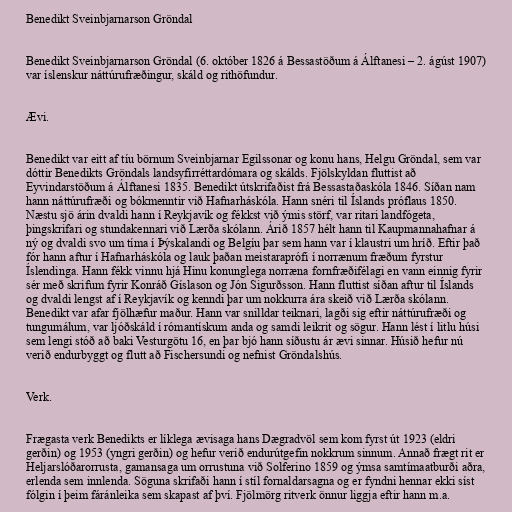
Benedikt Sveinbjarnarson Gröndal

Benedikt Sveinbjarnarson Gröndal (6. október 1826 á Bessastöðum á Álftanesi – 2. ágúst 1907)
var íslenskur náttúrufræðingur, skáld og rithöfundur.

Ævi.

Benedikt var eitt af tíu börnum Sveinbjarnar Egilssonar og konu hans, Helgu Gröndal, sem var
dóttir Benedikts Gröndals landsyfirréttardómara og skálds. Fjölskyldan fluttist að
Eyvindarstöðum á Álftanesi 1835. Benedikt útskrifaðist frá Bessastaðaskóla 1846. Síðan nam
hann náttúrufræði og bókmenntir við Hafnarháskóla. Hann snéri til Íslands próflaus 1850.
Næstu sjö árin dvaldi hann í Reykjavík og fékkst við ýmis störf, var ritari landfógeta,
þingskrifari og stundakennari við Lærða skólann. Árið 1857 hélt hann til Kaupmannahafnar á
ný og dvaldi svo um tíma í Þýskalandi og Belgíu þar sem hann var í klaustri um hríð. Eftir það
fór hann aftur í Hafnarháskóla og lauk þaðan meistaraprófi í norrænum fræðum fyrstur
Íslendinga. Hann fékk vinnu hjá Hinu konunglega norræna fornfræðifélagi en vann einnig fyrir
sér með skrifum fyrir Konráð Gíslason og Jón Sigurðsson. Hann fluttist síðan aftur til Íslands
og dvaldi lengst af í Reykjavík og kenndi þar um nokkurra ára skeið við Lærða skólann.
Benedikt var afar fjölhæfur maður. Hann var snilldar teiknari, lagði sig eftir náttúrufræði og
tungumálum, var ljóðskáld í rómantískum anda og samdi leikrit og sögur. Hann lést í litlu húsi
sem lengi stóð að baki Vesturgötu 16, en þar bjó hann síðustu ár ævi sinnar. Húsið hefur nú
verið endurbyggt og flutt að Fischersundi og nefnist Gröndalshús.

Verk.

Frægasta verk Benedikts er líklega ævisaga hans Dægradvöl sem kom fyrst út 1923 (eldri
gerðin) og 1953 (yngri gerðin) og hefur verið endurútgefin nokkrum sinnum. Annað frægt rit er
Heljarslóðarorrusta, gamansaga um orrustuna við Solferino 1859 og ýmsa samtímaatburði aðra,
erlenda sem innlenda. Söguna skrifaði hann í stíl fornaldarsagna og er fyndni hennar ekki síst
fólgin í þeim fáránleika sem skapast af því. Fjölmörg ritverk önnur liggja eftir hann m.a.